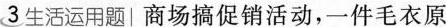
3生活运用题│商场搞促销活动，一件毛衣原